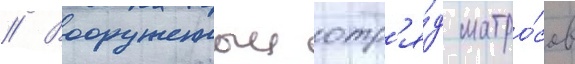
// Вооруженныи отр'я́д матро́сов